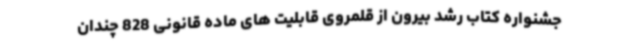
جشنواره کتاب رشد بیرون از قلمروی قابلیت های ماده قانونی 828 چندان